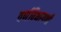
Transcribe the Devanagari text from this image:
वर्णविभागणी